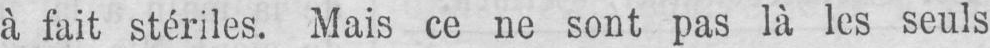
à fait stériles. Mais ce ne sont pas là les seuls